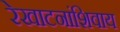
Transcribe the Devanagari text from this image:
रेखाटनांशिवाय